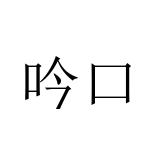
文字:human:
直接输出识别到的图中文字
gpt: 吟口